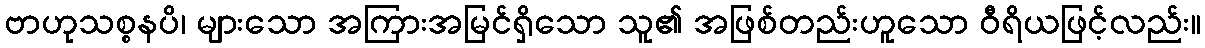
ဗာဟုသစ္စနပိ၊ များသော အကြားအမြင်ရှိသော သူ၏ အဖြစ်တည်းဟူသော ဝီရိယဖြင့်လည်း။